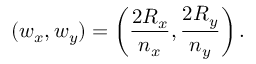
( w _ { x } , w _ { y } ) = \left( \frac { 2 R _ { x } } { n _ { x } } , \frac { 2 R _ { y } } { n _ { y } } \right) .